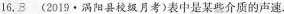
16.B(2019·涡阳县校级月考)表中是某些介质的声速。